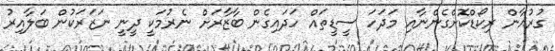
ގުރުއާން ރިކޯޑްކޮށްގެންނާއި މަދަހަ ސީޑީތައް ހަދައިގެން ބާޒާރަށް ނެރުމަކީ ދީނީ ނަޒަރަކުން ބަލާއިރު